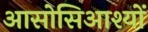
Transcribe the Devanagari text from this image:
आसोसिआश्यों